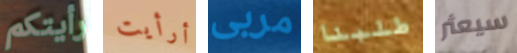
رأيتكم أرأيت مربى طلبنا سيعثر